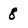
Character: 8